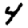
Digit: 4